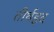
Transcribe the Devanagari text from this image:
तीर्थहृद